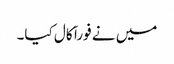
میں نے فوراَ َ کال کیا۔